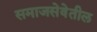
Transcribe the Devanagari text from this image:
समाजसेवेतील